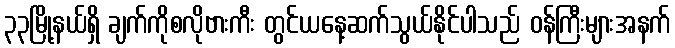
၃၃မြို့နယ်ရှိ ချက်ကိုစလိုဗားကီး တွင်ယနေ့ဆက်သွယ်နိုင်ပါသည် ဝန်ကြီးများအနက်